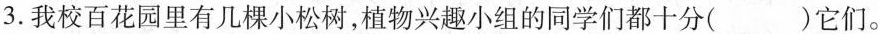
3.我校百花园里有几棵小松树，植物兴趣小组的同学们都十分( )它们。